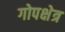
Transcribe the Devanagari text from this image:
गोपक्षेत्र